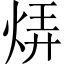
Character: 𬊊